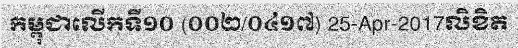
កម្ពុជាលើកទី១០ (០០២/០៤១៧) 25-Apr-2017លិខិត